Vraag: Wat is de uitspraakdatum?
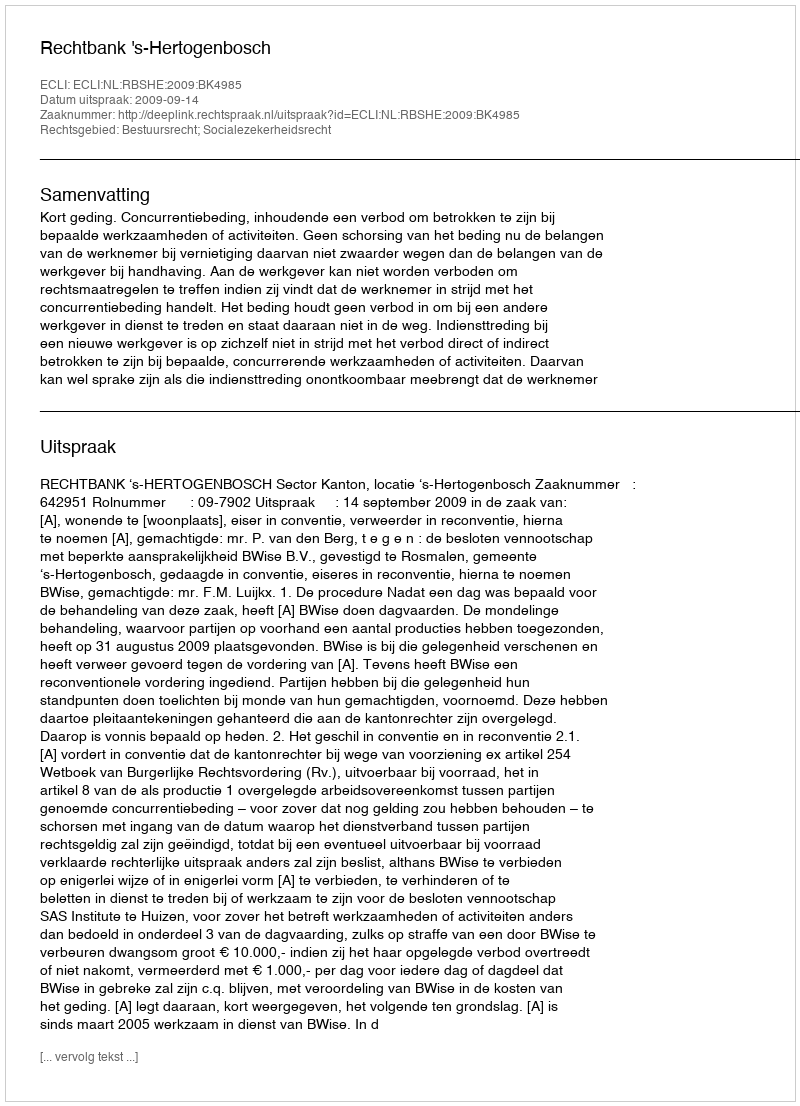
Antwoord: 2009-09-14